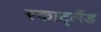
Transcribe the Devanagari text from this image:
स्काट्लैंड